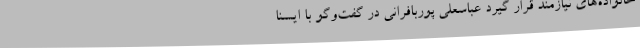
خانواده‌های نیازمند قرار گیرد عباسعلی پوربافرانی در گفت‌وگو با ایسنا